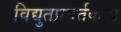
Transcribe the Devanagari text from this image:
विद्युतप्रवर्तकत्व